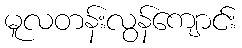
မူလတန်းလွန်ကျောင်း